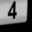
Digit: 4